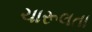
ચારૂલતા